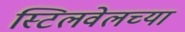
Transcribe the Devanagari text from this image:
स्टिलवेलच्या